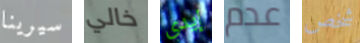
سيرينا خالي إيدي عدم شخص